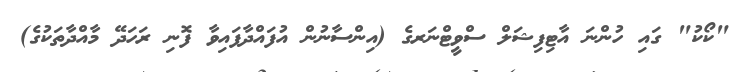
"ކޯކު" ގައި ހުންނަ އާޓިފިޝަލް ސްވީޓްނަރގެ (އިންސާނުން އުފައްދާފައިވާ ފޮނި ރަހަދޭ މާއްދާތަކުގެ)